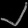
Digit: ၂